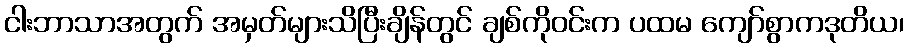
ငါးဘာသာအတွက် အမှတ်များသိပြီးချိန်တွင် ချစ်ကိုဝင်းက ပထမ ကျော်စွာကဒုတိယ၊